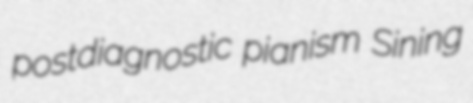
postdiagnostic pianism Sining